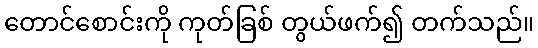
တောင်စောင်းကို ကုတ်ခြစ် တွယ်ဖက်၍ တက်သည်။